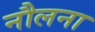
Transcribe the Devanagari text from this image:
नौलना